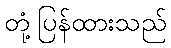
တုံ့ပြန်ထားသည်